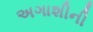
અગાશીની